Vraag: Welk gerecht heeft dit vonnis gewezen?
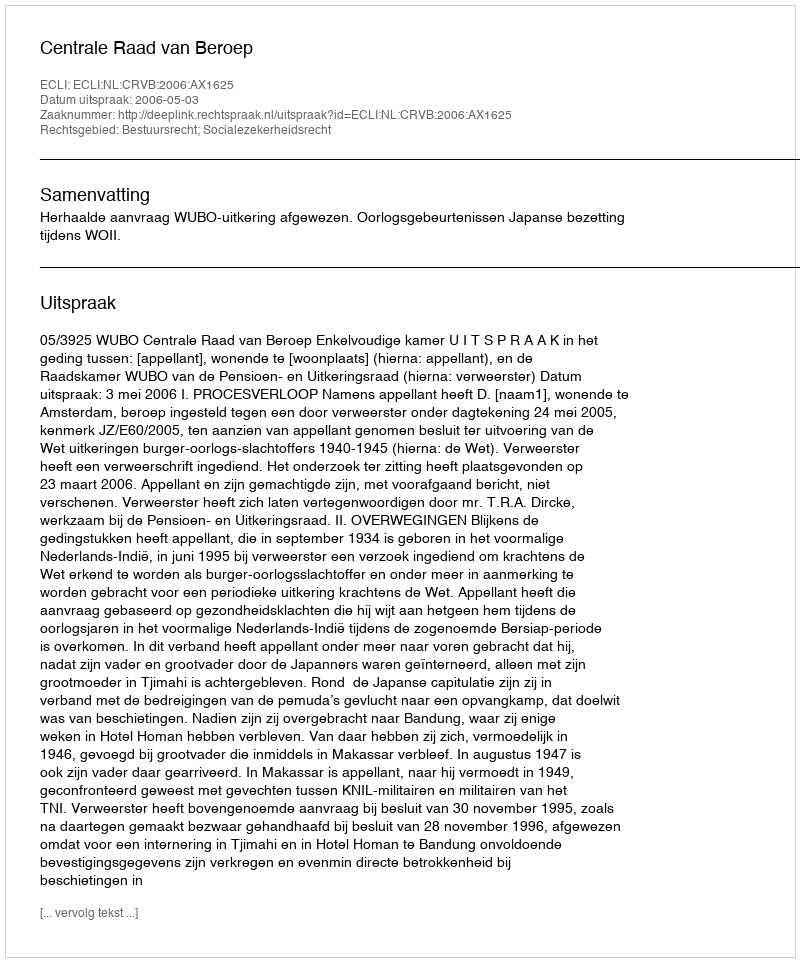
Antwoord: Centrale Raad van Beroep